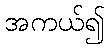
အကယ်၍